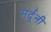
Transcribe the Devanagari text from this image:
मर्दूनी